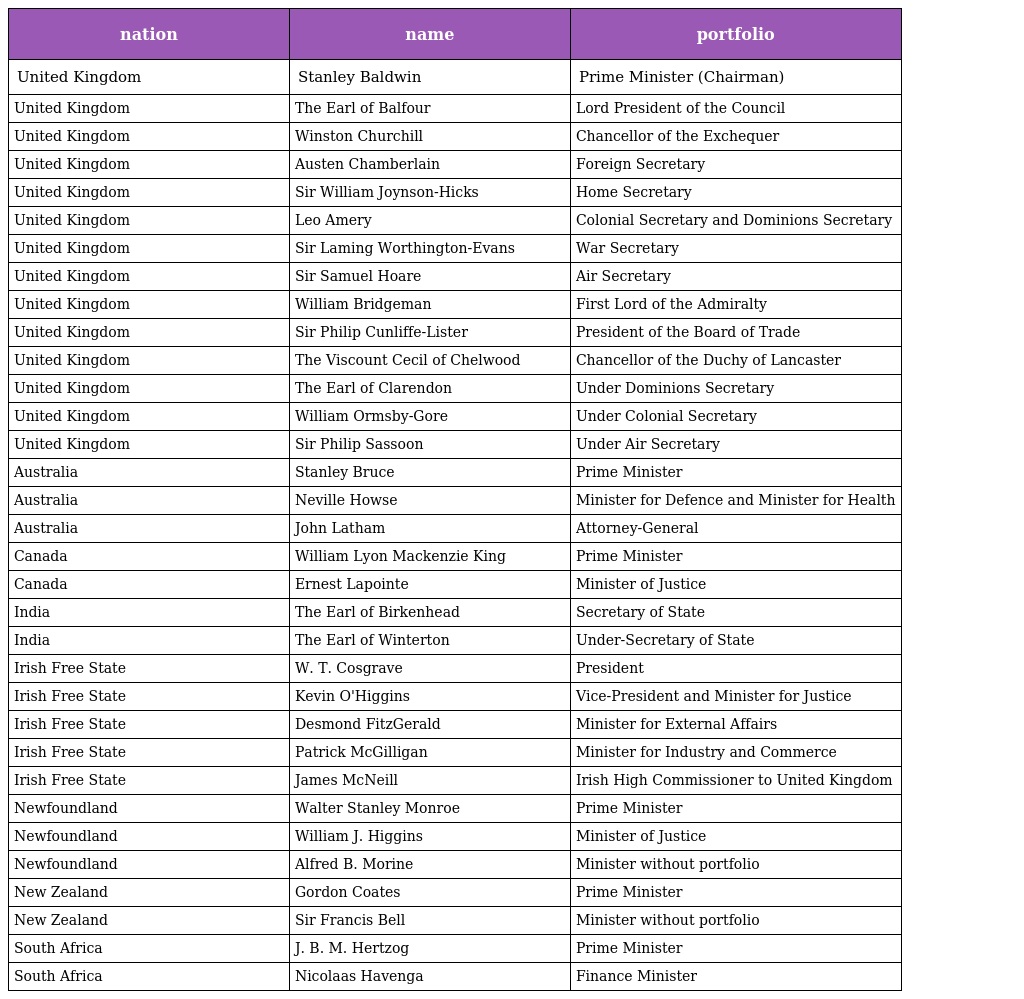
| nation | name | portfolio |
 | --- | --- | --- |
 | United Kingdom | Stanley Baldwin | Prime Minister (Chairman) |
 | United Kingdom | The Earl of Balfour | Lord President of the Council |
 | United Kingdom | Winston Churchill | Chancellor of the Exchequer |
 | United Kingdom | Austen Chamberlain | Foreign Secretary |
 | United Kingdom | Sir William Joynson-Hicks | Home Secretary |
 | United Kingdom | Leo Amery | Colonial Secretary and Dominions Secretary |
 | United Kingdom | Sir Laming Worthington-Evans | War Secretary |
 | United Kingdom | Sir Samuel Hoare | Air Secretary |
 | United Kingdom | William Bridgeman | First Lord of the Admiralty |
 | United Kingdom | Sir Philip Cunliffe-Lister | President of the Board of Trade |
 | United Kingdom | The Viscount Cecil of Chelwood | Chancellor of the Duchy of Lancaster |
 | United Kingdom | The Earl of Clarendon | Under Dominions Secretary |
 | United Kingdom | William Ormsby-Gore | Under Colonial Secretary |
 | United Kingdom | Sir Philip Sassoon | Under Air Secretary |
 | Australia | Stanley Bruce | Prime Minister |
 | Australia | Neville Howse | Minister for Defence and Minister for Health |
 | Australia | John Latham | Attorney-General |
 | Canada | William Lyon Mackenzie King | Prime Minister |
 | Canada | Ernest Lapointe | Minister of Justice |
 | India | The Earl of Birkenhead | Secretary of State |
 | India | The Earl of Winterton | Under-Secretary of State |
 | Irish Free State | W. T. Cosgrave | President |
 | Irish Free State | Kevin O'Higgins | Vice-President and Minister for Justice |
 | Irish Free State | Desmond FitzGerald | Minister for External Affairs |
 | Irish Free State | Patrick McGilligan | Minister for Industry and Commerce |
 | Irish Free State | James McNeill | Irish High Commissioner to United Kingdom |
 | Newfoundland | Walter Stanley Monroe | Prime Minister |
 | Newfoundland | William J. Higgins | Minister of Justice |
 | Newfoundland | Alfred B. Morine | Minister without portfolio |
 | New Zealand | Gordon Coates | Prime Minister |
 | New Zealand | Sir Francis Bell | Minister without portfolio |
 | South Africa | J. B. M. Hertzog | Prime Minister |
 | South Africa | Nicolaas Havenga | Finance Minister |